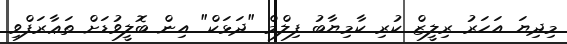
މިދިޔަ އަހަރު ރިލީޒް ކުރި ކާމިޔާބު ފިލްމް "ދަޅަކް" އިން ބޮލީވުޑަށް ތަޢާރަފްވި